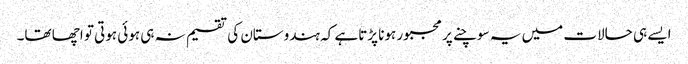
ایسے ہی حالات میں یہ سوچنے پر مجبور ہونا پڑتاہے کہ ہندوستان کی تقسیم نہ ہی ہوئی ہوتی تو اچھا تھا۔